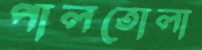
পালতোলা